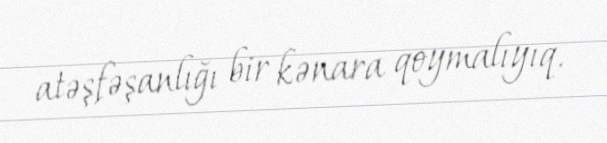
atəşfəşanlığı bir kənara qoymalıyıq.